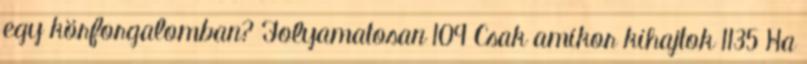
egy körforgalomban? Folyamatosan 109 Csak amikor kihajtok 1135 Ha